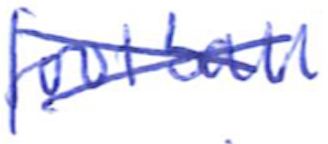
Text: football
Cross-out: cross
Writing tool: ballpoint